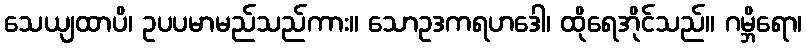
သေယျထာပိ၊ ဥပပမာမည်သည်ကား။ သောဥဒကရဟဒေါ၊ ထိုရေအိုင်သည်။ ဂမ္ဘိရော၊